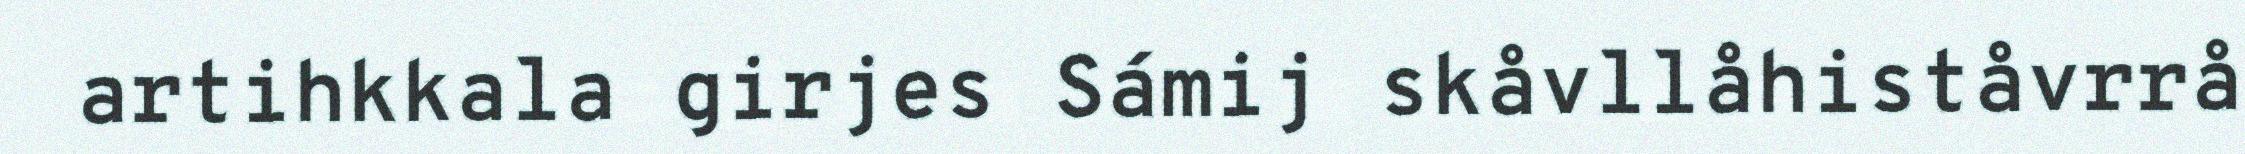
artihkkala girjes Sámij skåvllåhiståvrrå